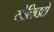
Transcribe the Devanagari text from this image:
मोलिब्डटों